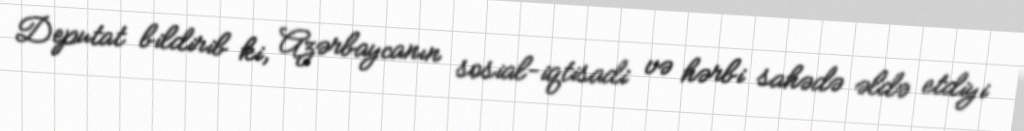
Deputat bildirib ki, Azərbaycanın sosial-iqtisadi və hərbi sahədə əldə etdiyi